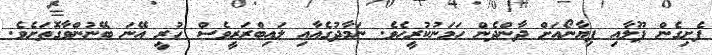
ފެށިގެން ޕޫލާއި ޕިޔާނޯއަށް ދާންދެން ހަމަނުކުރީހެވެ. ނަމާދުގެއާއި ލައިބްރަރީވެސް ހުރީ އޭނަ ބޭނުންވާގޮތަށެވެ.